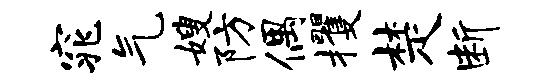
窕气嫂防偶攫楚断